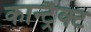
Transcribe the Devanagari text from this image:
कान्ट्रैक्ट